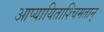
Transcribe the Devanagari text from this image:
आप्यायिताश्चिमतान्